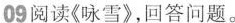
09 阅读《咏雪》，回答问题。